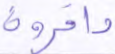
داخرون